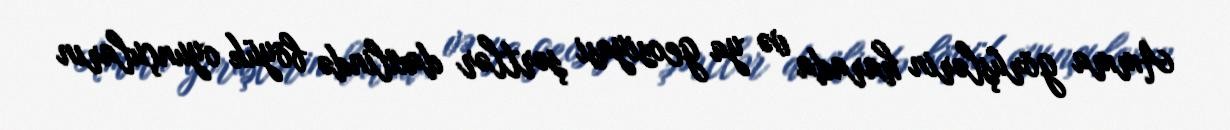
Amma görüşlərin harada və ya geosiyasi şərtlər daxilində böyük oyunçuların